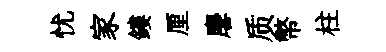
忧家鏤厘麐质幣柱